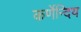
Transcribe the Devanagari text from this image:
कर्णेन्दिय